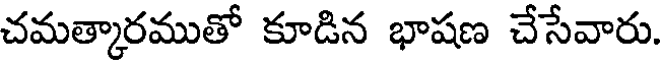
చమత్కారముతో కూడిన భాషణ చేసేవారు.